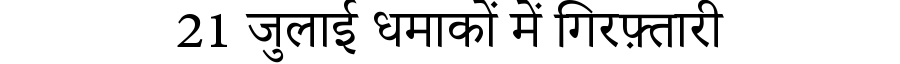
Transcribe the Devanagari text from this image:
21 जुलाई धमाकों में गिरफ़्तारी